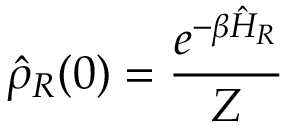
\hat { \rho } _ { R } ( 0 ) = \frac { e ^ { - \beta \hat { H } _ { R } } } { Z }